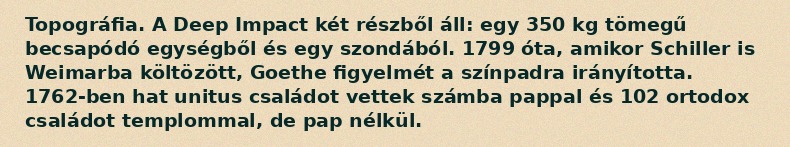
Topográfia. A Deep Impact két részből áll: egy 350 kg tömegű becsapódó egységből és egy szondából. 1799 óta, amikor Schiller is Weimarba költözött, Goethe figyelmét a színpadra irányította. 1762-ben hat unitus családot vettek számba pappal és 102 ortodox családot templommal, de pap nélkül.